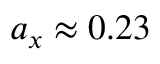
a _ { x } \approx 0 . 2 3